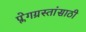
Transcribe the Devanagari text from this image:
प्लेगग्रस्तांसाठी